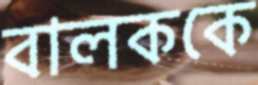
বালককে